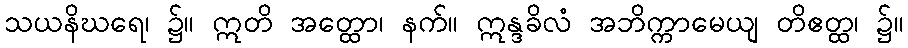
သယနိဃရေ၊ ၌။ ဣတိ အတ္ထော၊ နက်။ ဣန္ဒခိလံ အဘိက္ကာမေယျ တိဧတ္ထ၊ ၌။